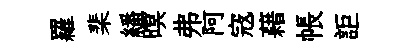
羅棐繙暝弗阿𡨥藉帳詎